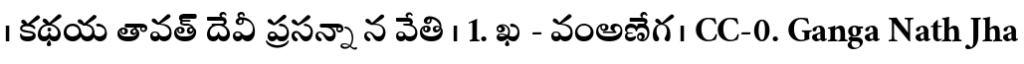
। కథయ తావత్ దేవీ ప్రసన్నా న వేతి । 1. ఖ - వంఅణేగ । CC-0. Ganga Nath Jha